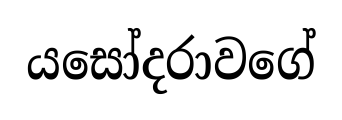
යසෝදරාවගේ